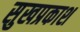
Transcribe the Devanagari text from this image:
सुखप्रकाश